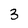
Character: 3